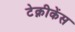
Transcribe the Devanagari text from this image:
टेक्नीकेंस